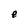
Character: e